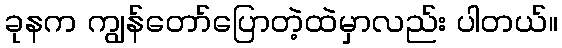
ခုနက ကျွန်တော်ပြောတဲ့ထဲမှာလည်း ပါတယ်။